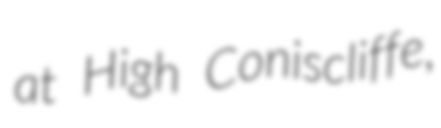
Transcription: at High Coniscliffe,